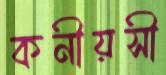
কনীয়সী